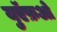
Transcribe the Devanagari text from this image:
युऍफ़ओ